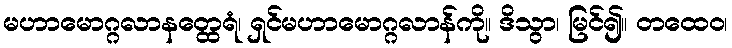
မဟာမောဂ္ဂလာနတ္ထေရံ၊ ရှင်မဟာမောဂ္ဂလာန်ကို။ ဒိသွာ၊ မြင်၍။ တထေဝ၊